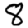
Digit: 8